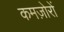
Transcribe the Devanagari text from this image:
कमज़ोरों